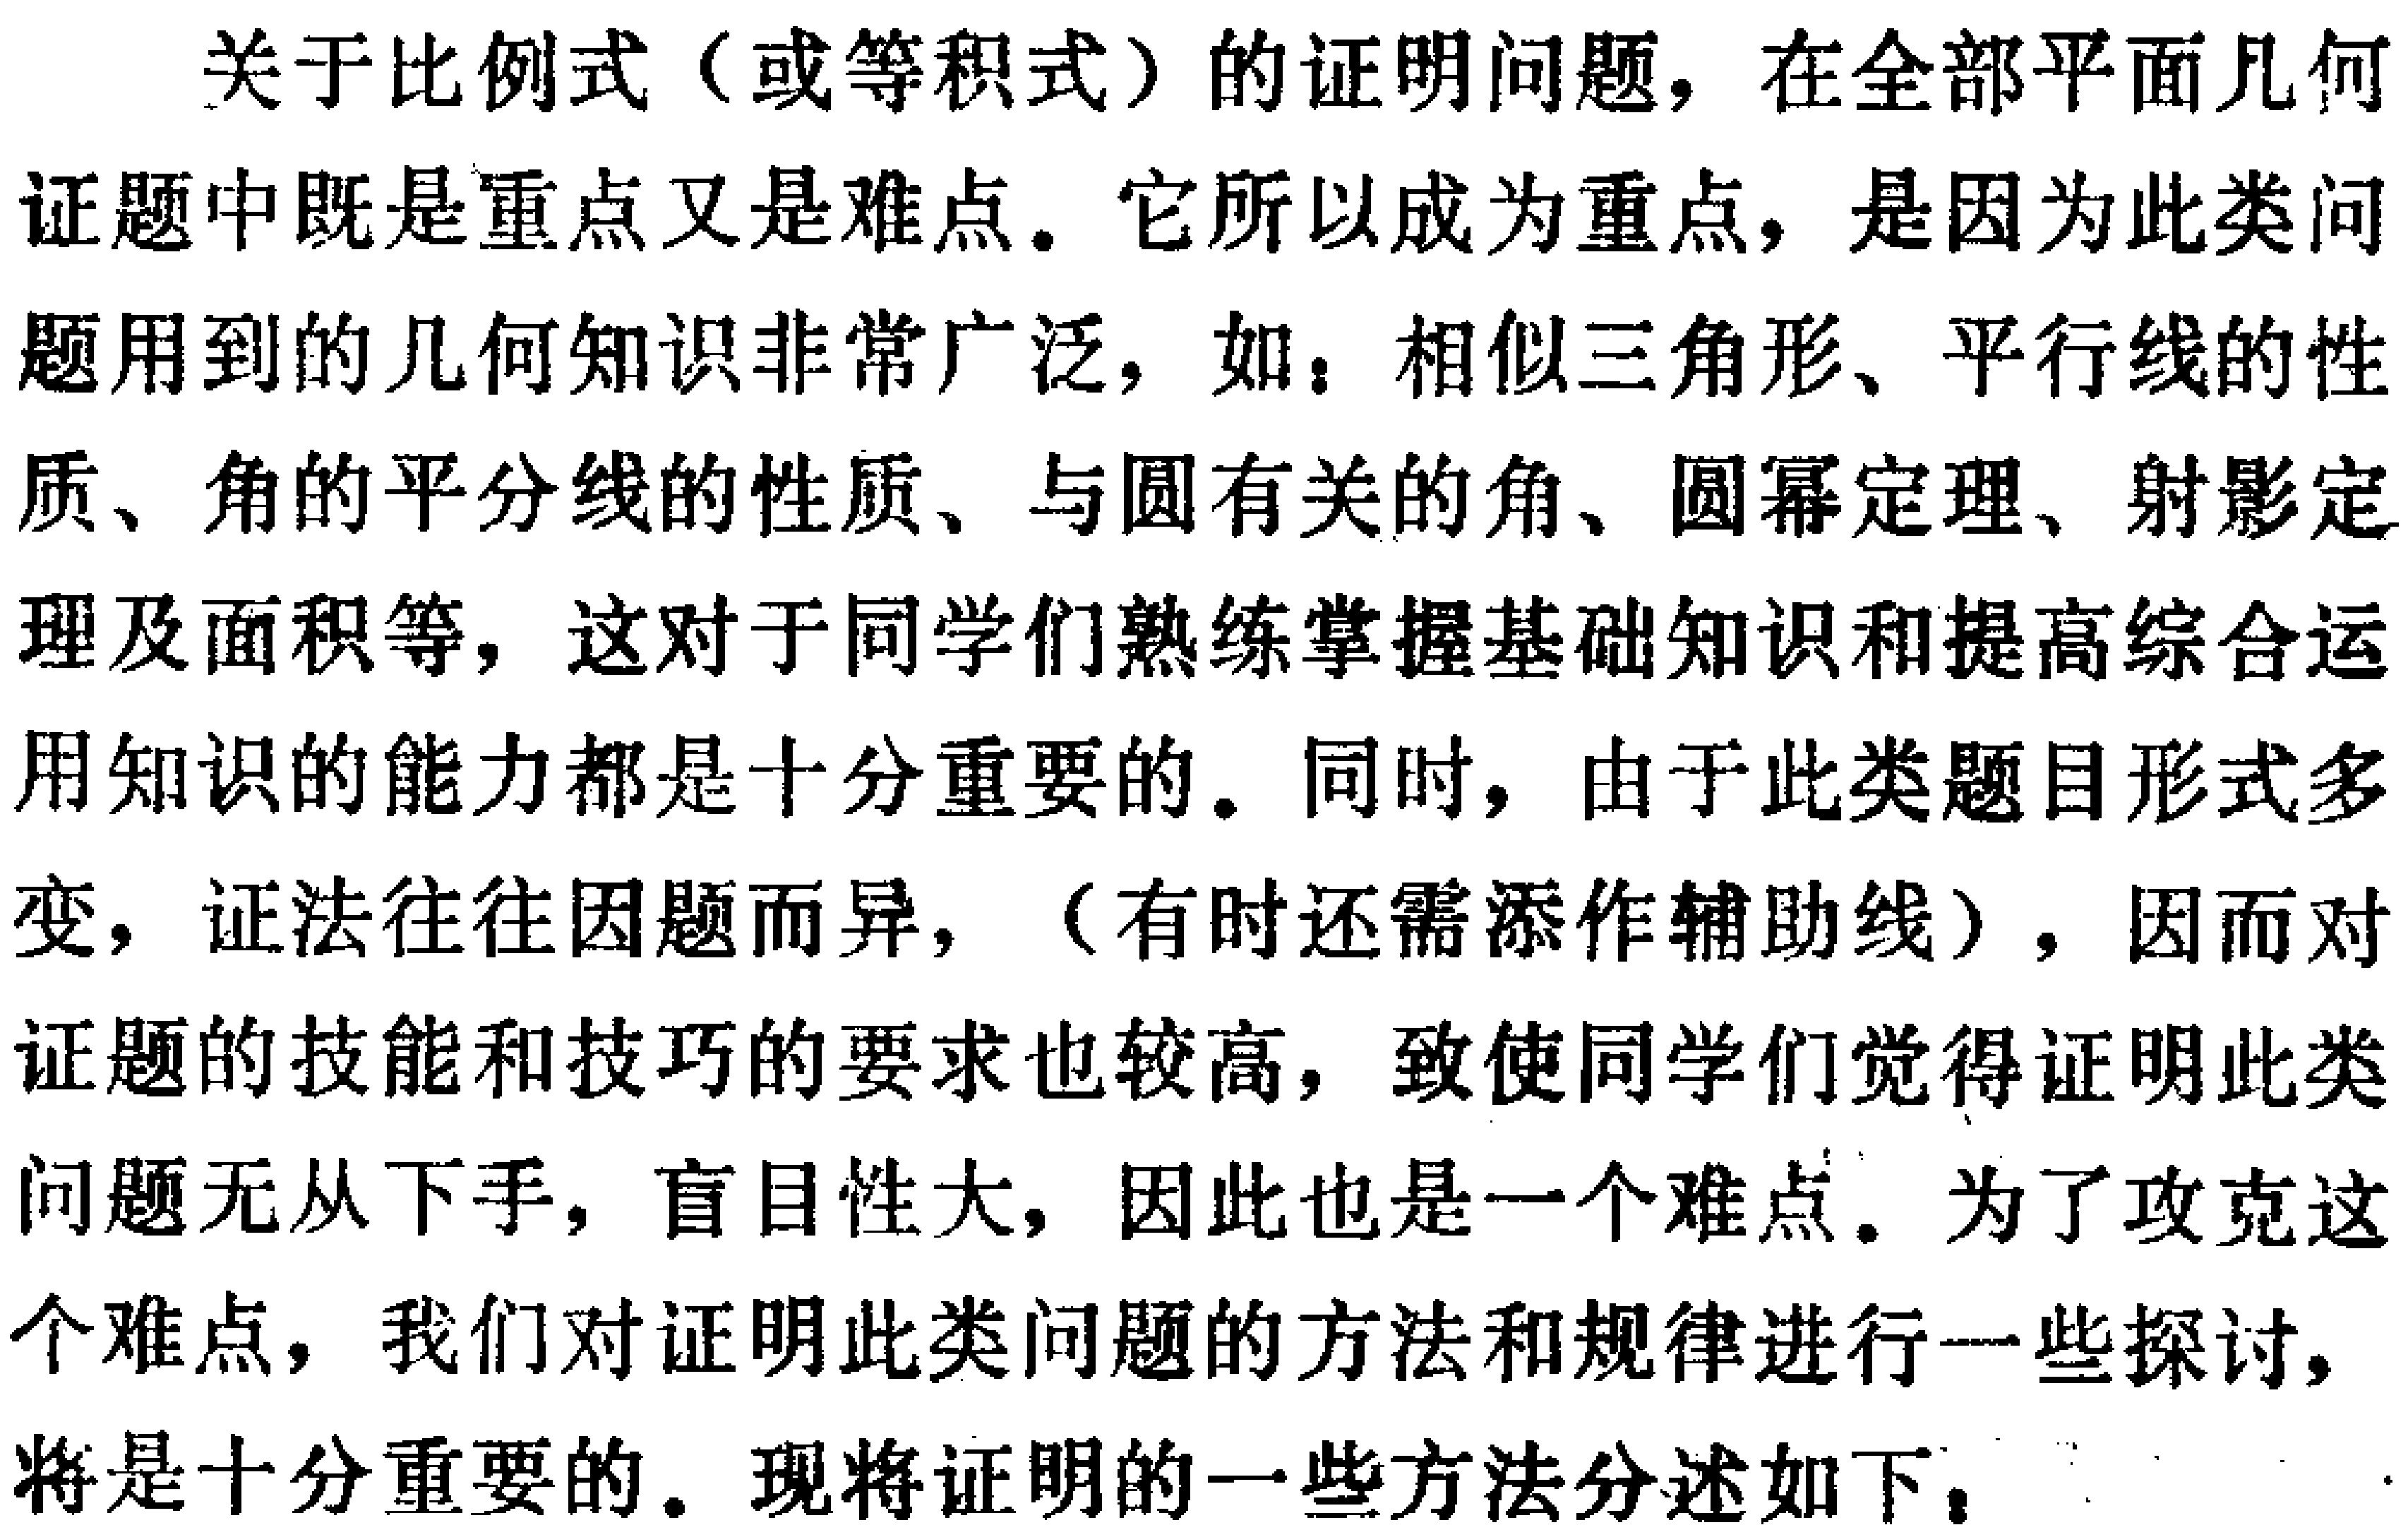
关于比例式（或等积式）的证明问题，在全部平面几何证题中既是重点又是难点。它所以成为重点，是因为此类问题用到的几何知识非常广泛，如：相似三角形、平行线的性质、角的平分线的性质、与圆有关的角、圆幂定理、射影定理及面积等，这对于同学们熟练掌握基础知识和提高综合运用知识的能力都是十分重要的。同时，由于此类题目形式多变，证法往往因题而异，（有时还需添作辅助线），因而对证题的技能和技巧的要求也较高，致使同学们觉得证明此类问题无从下手，盲目性大，因此也是一个难点。为了攻克这个难点，我们对证明此类问题的方法和规律进行一些探讨，将是十分重要的。现将证明的一些方法分述如下：